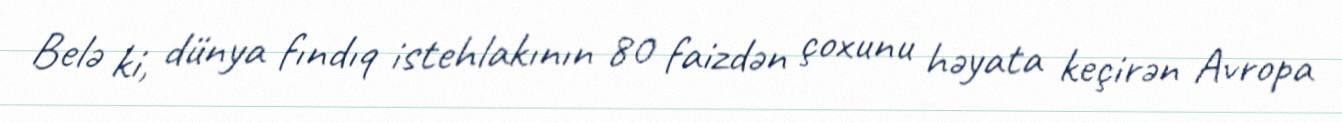
Belə ki, dünya fındıq istehlakının 80 faizdən çoxunu həyata keçirən Avropa